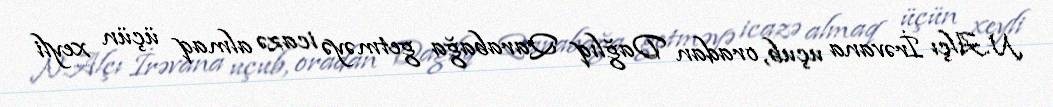
N.Alçı İrəvana uçub, oradan Dağlıq Qarabağa getməyə icazə almaq üçün xeyli